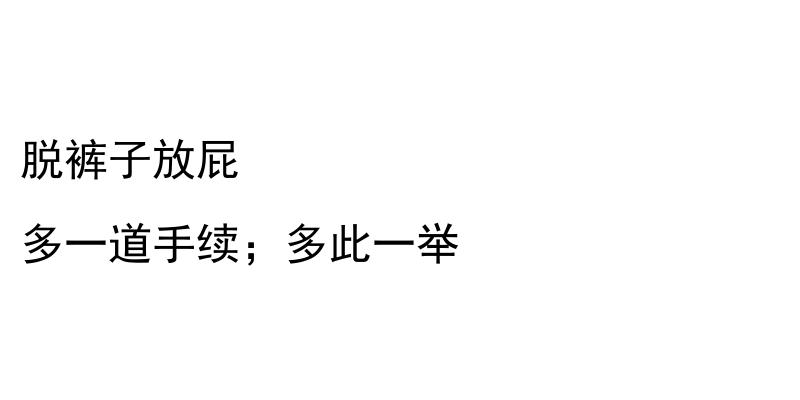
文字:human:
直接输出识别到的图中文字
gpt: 脱裤子放屁 多一道手续；多此一举